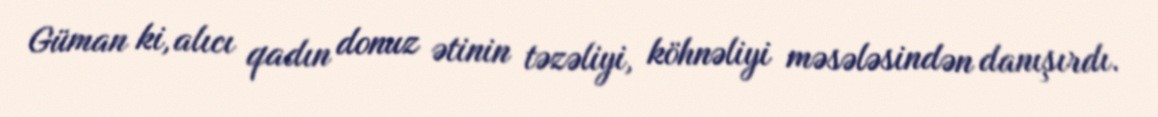
Güman ki, alıcı qadın donuz ətinin təzəliyi, köhnəliyi məsələsindən danışırdı.